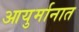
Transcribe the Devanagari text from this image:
आयुर्मानात